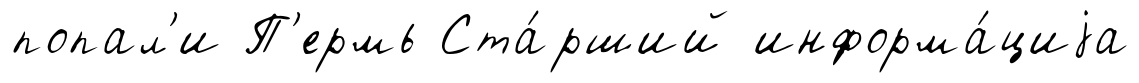
попал'и П'ермь Ста́рший информа́циjа